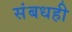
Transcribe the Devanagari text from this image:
संबधही